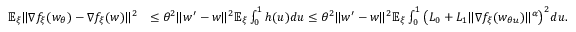
\begin{array} { r l } { \mathbb { E } _ { \xi } \| \nabla f _ { \xi } ( w _ { \theta } ) - \nabla f _ { \xi } ( w ) \| ^ { 2 } } & { \le \theta ^ { 2 } \| w ^ { \prime } - w \| ^ { 2 } \mathbb { E } _ { \xi } \int _ { 0 } ^ { 1 } h ( u ) d u \le \theta ^ { 2 } \| w ^ { \prime } - w \| ^ { 2 } \mathbb { E } _ { \xi } \int _ { 0 } ^ { 1 } \big ( L _ { 0 } + L _ { 1 } \| \nabla f _ { \xi } ( w _ { \theta u } ) \| ^ { \alpha } \big ) ^ { 2 } d u . } \end{array}